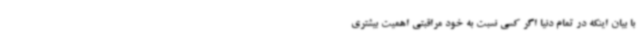
با بیان اینکه در تمام دنیا اگر کسی نسبت به خود مراقبتی اهمیت بیشتری